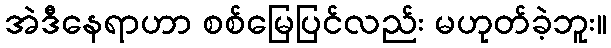
အဲဒီနေရာဟာ စစ်မြေပြင်လည်း မဟုတ်ခဲ့ဘူး။